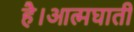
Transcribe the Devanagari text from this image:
है।आत्मघाती